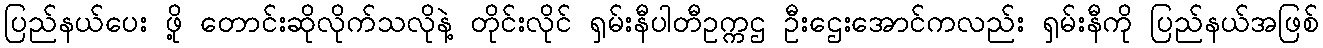
ပြည်နယ်ပေး ဖို့ တောင်းဆိုလိုက်သလိုနဲ့ တိုင်းလိုင် ရှမ်းနီပါတီဥက္ကဌ ဦးဌေးအောင်ကလည်း ရှမ်းနီကို ပြည်နယ်အဖြစ်